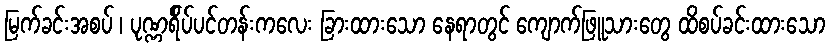
မြက်ခင်းအစပ် ၊ ပုဏ္ဏရ်ိပ်ပင်တန်းကလေး ခြားထားသော နေရာတွင် ကျောက်ဖြူသားတွေ ထိစပ်ခင်းထားသော